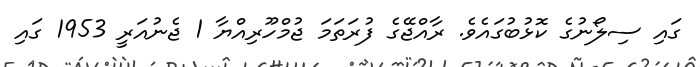
ގައި ސިލޯނުގެ ކޮޅުބުގައެވެ. ރާއްޖޭގެ ފުރަތަމަ ޖުމްހޫރިއްޔާ 1 ޖެނުއަރީ 1953 ގައި